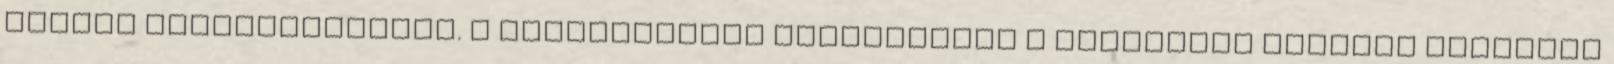
tartós kapcsolataiban. A félrelépések gyakorisága a kutatások szerint magasabb